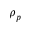
\rho _ { p }